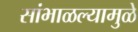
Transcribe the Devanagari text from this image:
सांभाळल्यामुळे